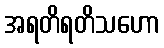
အရတိရတိသဟော